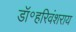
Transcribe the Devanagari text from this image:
डॉ॰हरिवंशराय